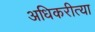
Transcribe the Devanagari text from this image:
अधिकरीत्या